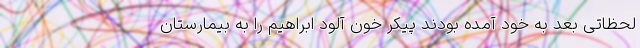
لحظاتی بعد به خود آمده بودند پیکر خون آلود ابراهیم را به بیمارستان